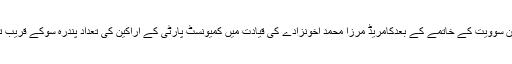
جیلان سوویت کے خاتمے کے بعدکامریڈ مرزا محمد اخونزادے کی قیادت میں کمیونسٹ پارٹی کے اراکین کی تعداد پندرہ سوکے قریب تھی ۔